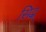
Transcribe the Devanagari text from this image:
सिद्ध्